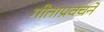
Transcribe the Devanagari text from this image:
गीताप्रवचने